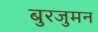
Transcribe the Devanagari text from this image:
बुरजुमन